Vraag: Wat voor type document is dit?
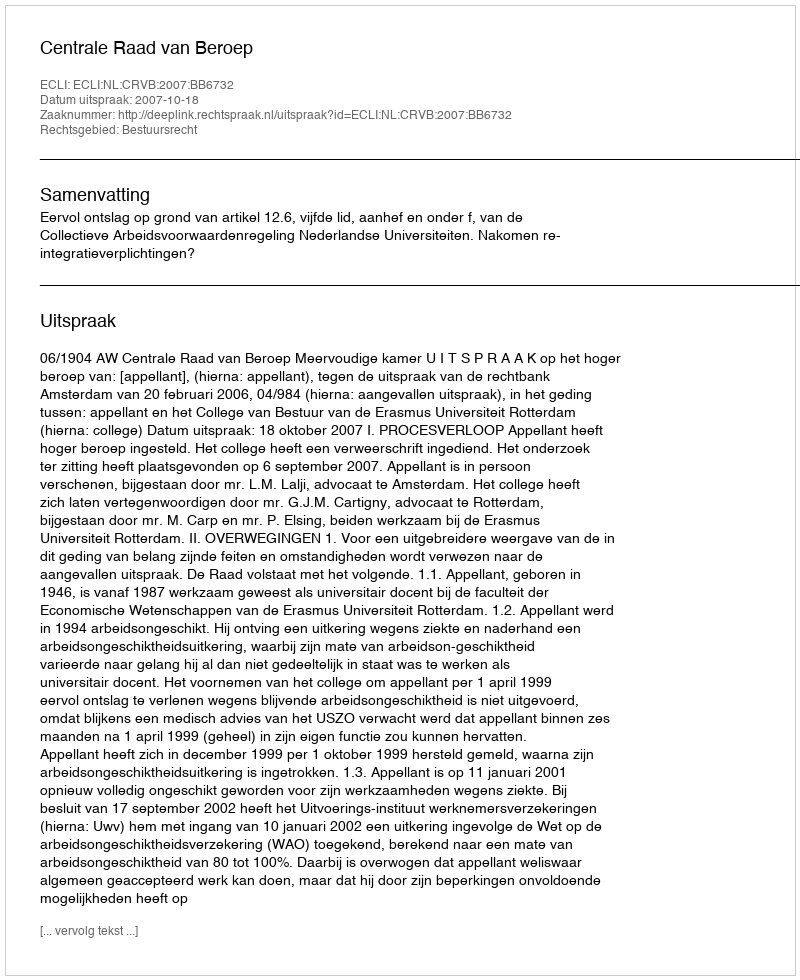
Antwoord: Uitspraak